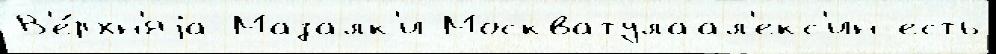
В'е́рхн'яjа Мазалк'и Москватулаал'екс'ин есть